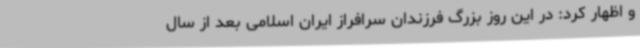
و اظهار کرد: در این روز بزرگ فرزندان سرافراز ایران اسلامی بعد از سال